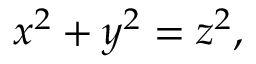
x ^ { 2 } + y ^ { 2 } = z ^ { 2 } ,